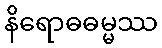
နိရောဓဓမ္မဿ